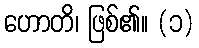
ဟောတိ၊ ဖြစ်၏။ (၁)